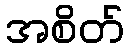
အစိတ်